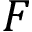
F